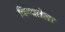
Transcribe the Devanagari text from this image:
दिव्यतेला